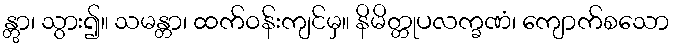
န္တွာ၊ သွား၍။ သမန္တာ၊ ထက်ဝန်းကျင်မှ။ နိမိတ္တုပလက္ခဏံ၊ ကျောက်စသော